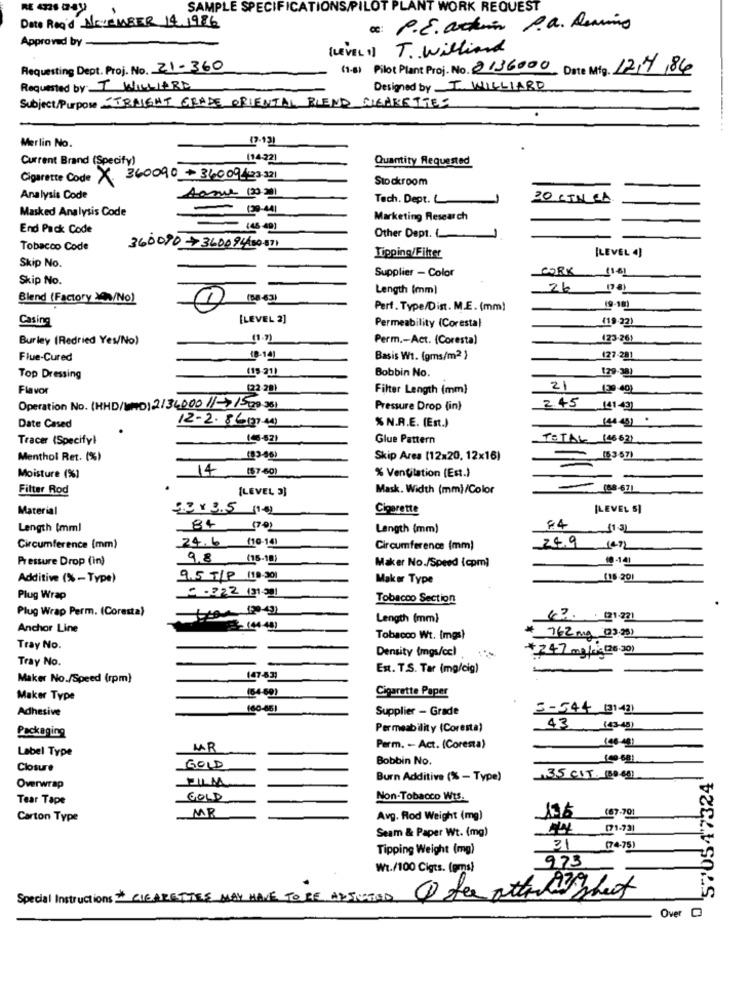
SAMPLE SPECIFICATIONS/PILOT PLANT WORK REQUEST
Date Road NOVEMBER 14.1986
c: P.E. arter P.a. Demino
Approved by
( LEVEL 1) T. Williand
Requesting Dept. Proj. No. 21-360
(1-3) Pilot Plant Proj. No. 2136000 Date Mig. 12/4/84
Requested by: T WILLARD
Designed by I. WILLIARD
Subject/Purpose STRAIGHT GRADE ORIENTAL BLEND CIGARETTES
Merlin No.
Current Brand (Specify)
114:221
Quantity Requested
Cigarette Code X 360090+36009423-321
Stockroom
Aanne (2020)
Analysis Code
Tech. Dept. L
30 KINLEA
Masked Analysis Code
Marketing Research
End Pack Code
Other Dept. (
Tobacco Code
360090+360094-50-571
[LEVEL 4)
Skip No.
Tipping/Filter
Supplier - Color
CORK (161
Skip No.
Length (mm)
Blend (Factory >01/No)
Part. Type/Dist. M.E. (mm)
19-18)
Casing
[LEVEL 2]
(19.22)
Permeability (Corestal
Burley (Redried Yes/No)
Perm .- Act. (Coresta)
(23-26)
Flue-Cured
Basis Wt. (gms/m2 }
127-281
(15:21)
Bobbin No.
179-38]
Top Dressing
Flavor
(22-20)
Filter Length (mm)
21
129 -40)
Operation No. (HHD/UND) 21300011-1520351
Pressure Drop (in)
2.45 (41-491
12-2-86(27.44)
(44 -45) .
Date Cased
% N.R.E. (Ent.)
Tracer (Specifyl
16-631
Glue Pattern
TOTAL (46621
Menthol Ret. (%)
(83-46)
Skip Area (12x20, 12×16)
(83.67)
Moisture (%)
% Ventilation (Est.)
Filter Rod
[LEVEL 3]
Mask. Width (mm)/Color
Material
2.2 × 3.5 (2)
Cigarette
[LEVEL 5]
Length [mm]
84 (70)
Length (mm)
84
24.6 /10-19
249
Circumference (mm)
Circumference (mm)
Pressure Drop (in)
9.8
(15-18)
10-141
Maker No./Speed (cpm]
Additive (%-Type)
9.5 T/P (10.301
Maker Type
(15-201
₾ -222 (31-5]]
Plug Wrap
Tobacco Section
Plug Wrap Perm. (Coresta)
Length (mm)
47. 01.271
Anchor Line
- (44 -40)
Tobacco Wt. (mgs)
* 762mg (23.25)
Tray No.
Density (mgs/cc)
+247 mg /kg(26.30)
Tray No.
Est. T.S. Tar (mg/cig)
Maker No./Speed (rpm)
147-533
(54-69)
Cigarette Paper
Maker Type
Adhesive
160-461
Supplier - Grade
5-54+ (31.42)
Packaging
Permeability (Coresta)
43 (43-45)
Label Type
MAR
Perm. - Act. (Coresta)
Bobbin No.
Lgg 681
Closure
GOLD
Burn Additive (% - Type)
35 CIT. 80 051
0 570547324
Overwrap
Tear Tape
GOLD
Non-Tobacco Wts.
MR
Carton Type
Avg. Rod Weight (mg)
196 (67-701
Seam & Paper Wt. (mg)
44 171.731
Tipping Weight (mg)
31 (74-75)
973
Wt./100 Cigts. (gms)
Special Instructions # CIGARETTES
HAVE TO BE ARSISTOD
Over